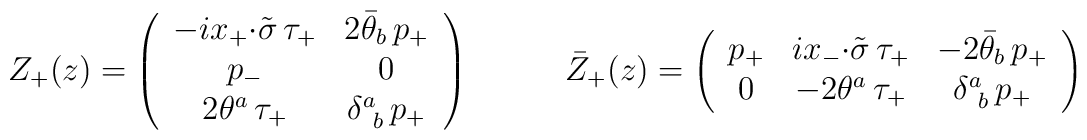
\begin{array}{cc}Z_{+}(z)=\left(\begin{array}{cc}-ix_{+}{\cdot\tilde{\sigma}}\,\tau_{+}&2\bar{\theta}_{b}\,p_{+}\\p_{-}&0\\2\theta^{a}\,\tau_{+}&\delta^{a}_{~b}\,p_{+}\end{array}\right)~~~&~~~\bar{Z}_{+}(z)=\left(\begin{array}{ccc}p_{+}&ix_{-}{\cdot\tilde{\sigma}}\,\tau_{+}&-2\bar{\theta}_{b}\,p_{+}\\0&-2\theta^{a}\,\tau_{+}&\delta^{a}_{~b}\,p_{+}\end{array}\right)\end{array}